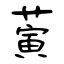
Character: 蔩